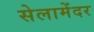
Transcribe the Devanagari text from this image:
सेलामेंदर